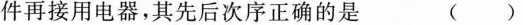
件再接用电器，其先后次序正确的是 ( )